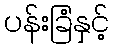
ပန်းခြံနှင့်